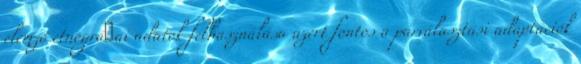
elemző etnográﬁai adatok felhasználása azért fontos a párválasztási adaptációk